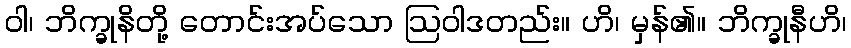
ဝါ၊ ဘိက္ခုနိတို့ တောင်းအပ်သော ဩဝါဒတည်း။ ဟိ၊ မှန်၏။ ဘိက္ခုနီဟိ၊